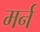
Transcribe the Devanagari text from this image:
मर्न